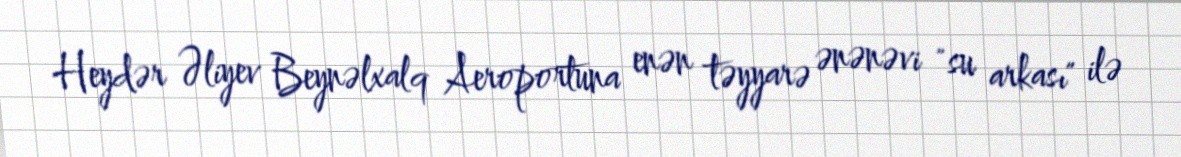
Heydər Əliyev Beynəlxalq Aeroportuna enən təyyarə ənənəvi "su arkası" ilə